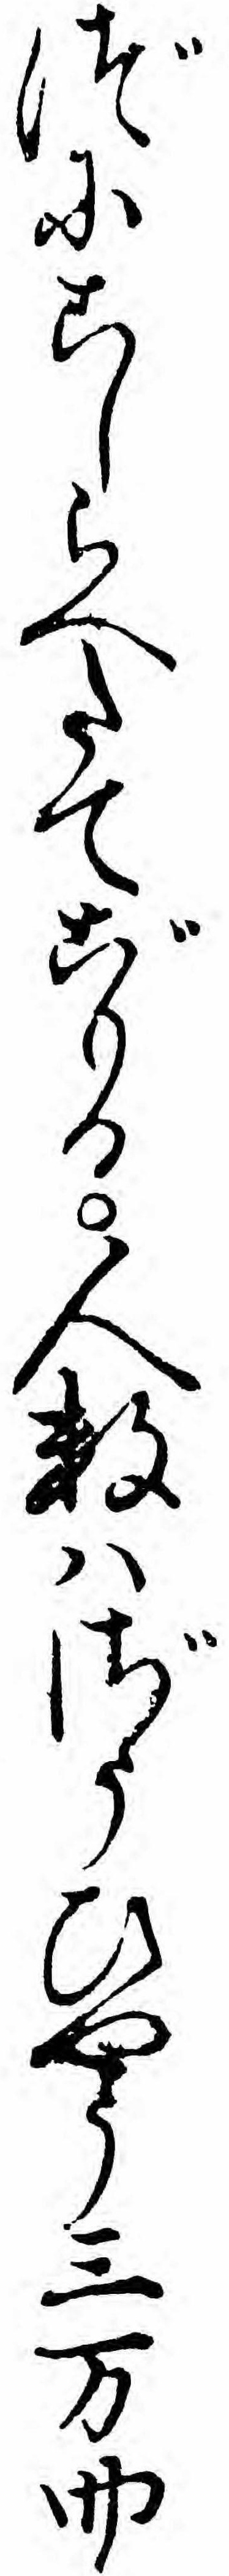
づにこしらへたてごもる人数ハざうひやう三万四